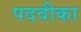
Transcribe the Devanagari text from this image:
पदवीका